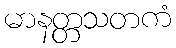
မာနတ္တသတကံ